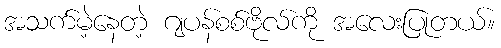
အသက်မဲ့နေတဲ့ ဂျပန်စစ်ဗိုလ်ကို အလေးပြုတယ်။